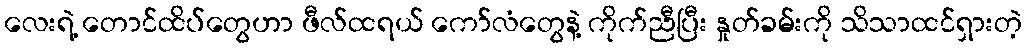
လေးရဲ့ တောင်ထိပ်တွေဟာ ဖီလ်ထရယ် ကော်လံတွေနဲ့ ကိုက်ညီပြီး နှုတ်ခမ်းကို သိသာထင်ရှားတဲ့